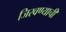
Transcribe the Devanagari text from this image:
जिरवण्याची